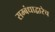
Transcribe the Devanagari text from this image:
सम्बंधाद्वारेच